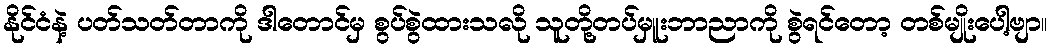
နိုင်ငံနဲ့ ပတ်သတ်တာကို ဒါတောင်မှ စွပ်စွဲထားသလို သူတို့တပ်မှူးဘာညာကို စွဲရင်တော့ တစ်မျိုးပေါ့ဗျာ။